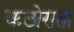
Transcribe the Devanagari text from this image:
कठोराता